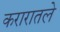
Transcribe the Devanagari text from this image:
करारातले